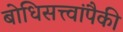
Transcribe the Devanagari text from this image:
बोधिसत्त्वांपैकी